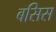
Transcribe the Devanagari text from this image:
बसिस